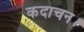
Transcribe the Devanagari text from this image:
कदाचन।